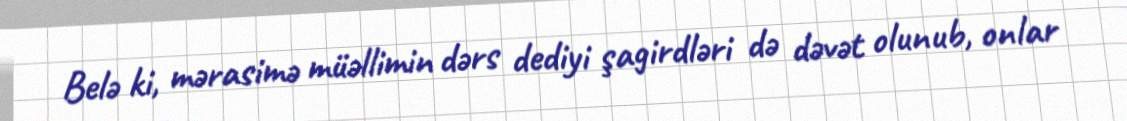
Belə ki, mərasimə müəllimin dərs dediyi şagirdləri də dəvət olunub, onlar